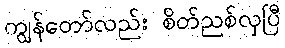
ကျွန်တော်လည်း စိတ်ညစ်လှပြီ